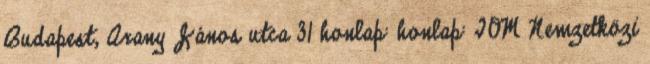
Budapest, Arany János utca 31 honlap: honlap: IOM Nemzetközi